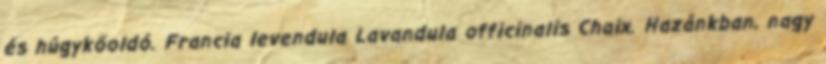
és húgykőoldó. Francia levendula Lavandula officinalis Chaix. Hazánkban, nagy